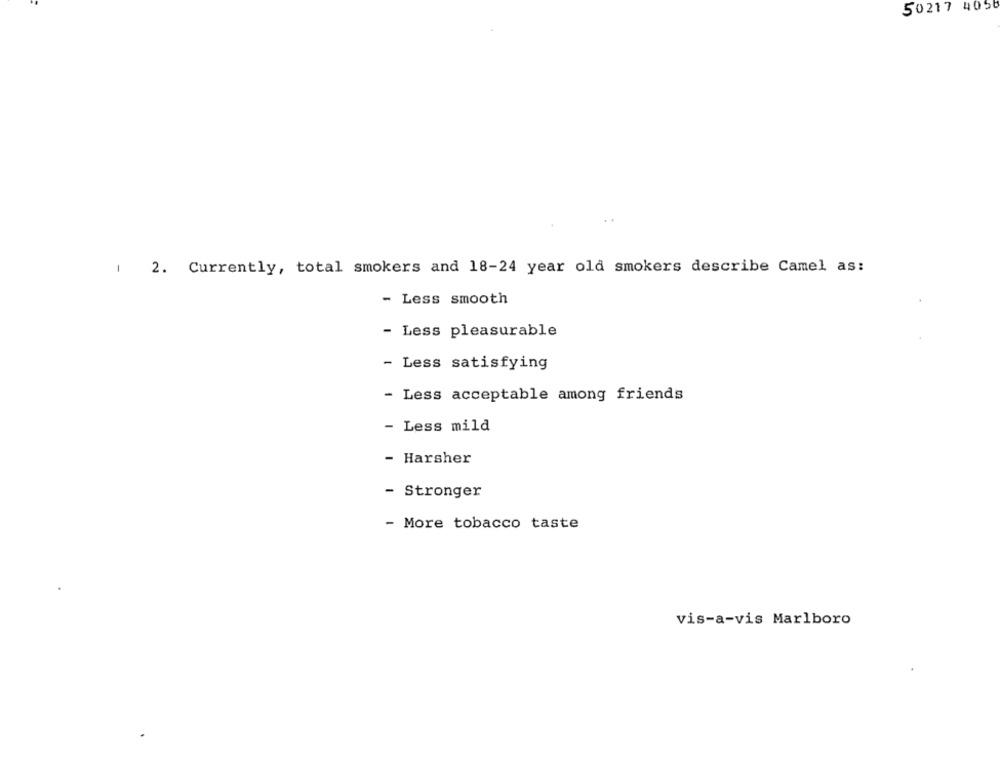
50217 4056
1 2. Currently, total smokers and 18-24 year old smokers describe Camel as:
- Less smooth
- Less pleasurable
- Less satisfying
- Less acceptable among friends
Less mild
- Harsher
- Stronger
- More tobacco taste
vis-a-vis Marlboro